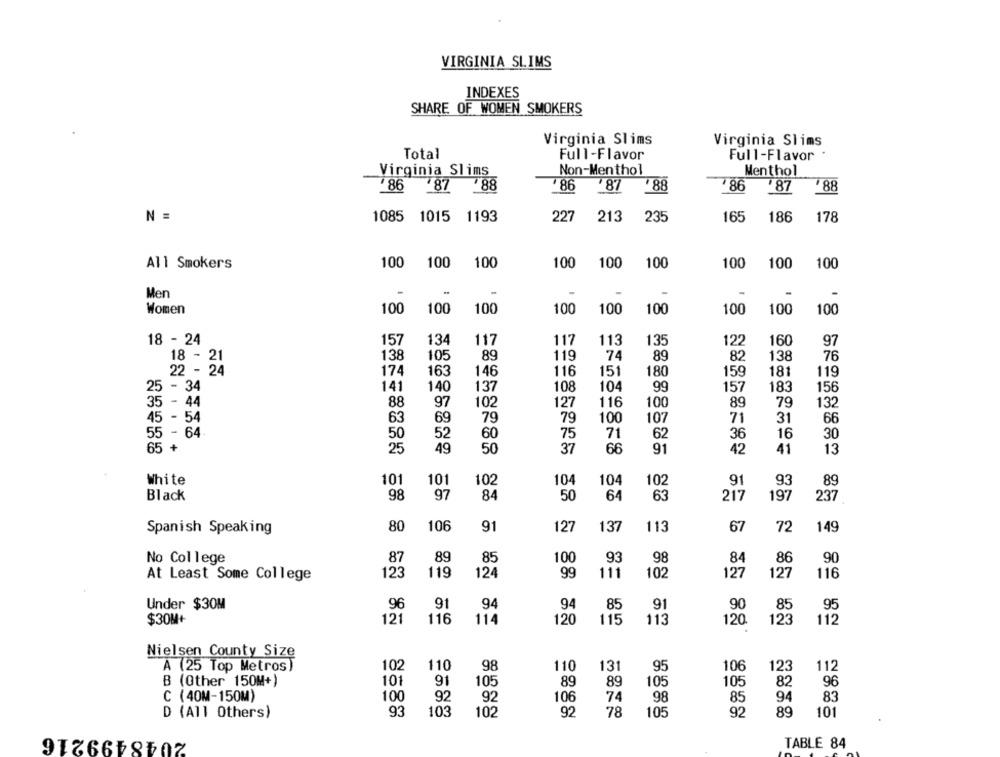
VIRGINIA SLIMS
INDEXES
SHARE OF WOMEN SMOKERS
Virginia Slims
Virginia Slims
Total
Full-Flavor
Full-Flavor
Virginia Slims
Non-Menthol
Menthol
86 87
88
86
787
88
786
87
88
N =
1085 1015 1193
227
213
235
165
186
178
All Smokers
100
100
100
100
100
100
100
100
100
Men
Women
100
100
100
100
100
100
100
100
100
18 - 24
157
134
117
113
135
122
160
117
97
105
89
74
82
138
18 - 21
138
119
89
76
163
151
180
159
181
22 - 24
174
146
116
119
141
140
104
99
183
25 - 34
137
108
157
156
35 - 44
88
97
102
127
116
100
89
79
132
- 54
63
69
79
79
100
107
71
31
66
- 64.
50
52
60
75
71
62
36
16
30
+
65
25
49
50
37
66
91
42
41
13
White
101
101
102
104
104
102
91
93
89
Black
98
97
84
50
64
63
217
197
237
Spanish Speaking
80
106
91
127
137
113
67
72
149
No College
87
89
85
100
93
98
84
86
90
123
119
124
99
111
102
127
127
116
At Least Some College
Under $30M
96
91
94
94
91
90
95
85
85
$30M+
121
116
114
120
115
113
120
123
112
Nielsen County Size
102
110
98
110
131
95
106
123
A (25 Top Metros]
112
B (Other 150M+)
101
91
82
105
89
89
105
105
96
: (40M-150M)
100
92
94
92
106
74
98
85
83
93
103
102
92
78
92
89
D (All Others)
105
101
2048499216
TABLE 84